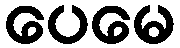
ပေမေ